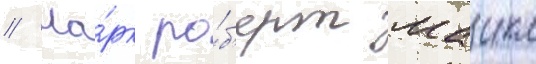
// Ма́рк ро́б'ерт маикл